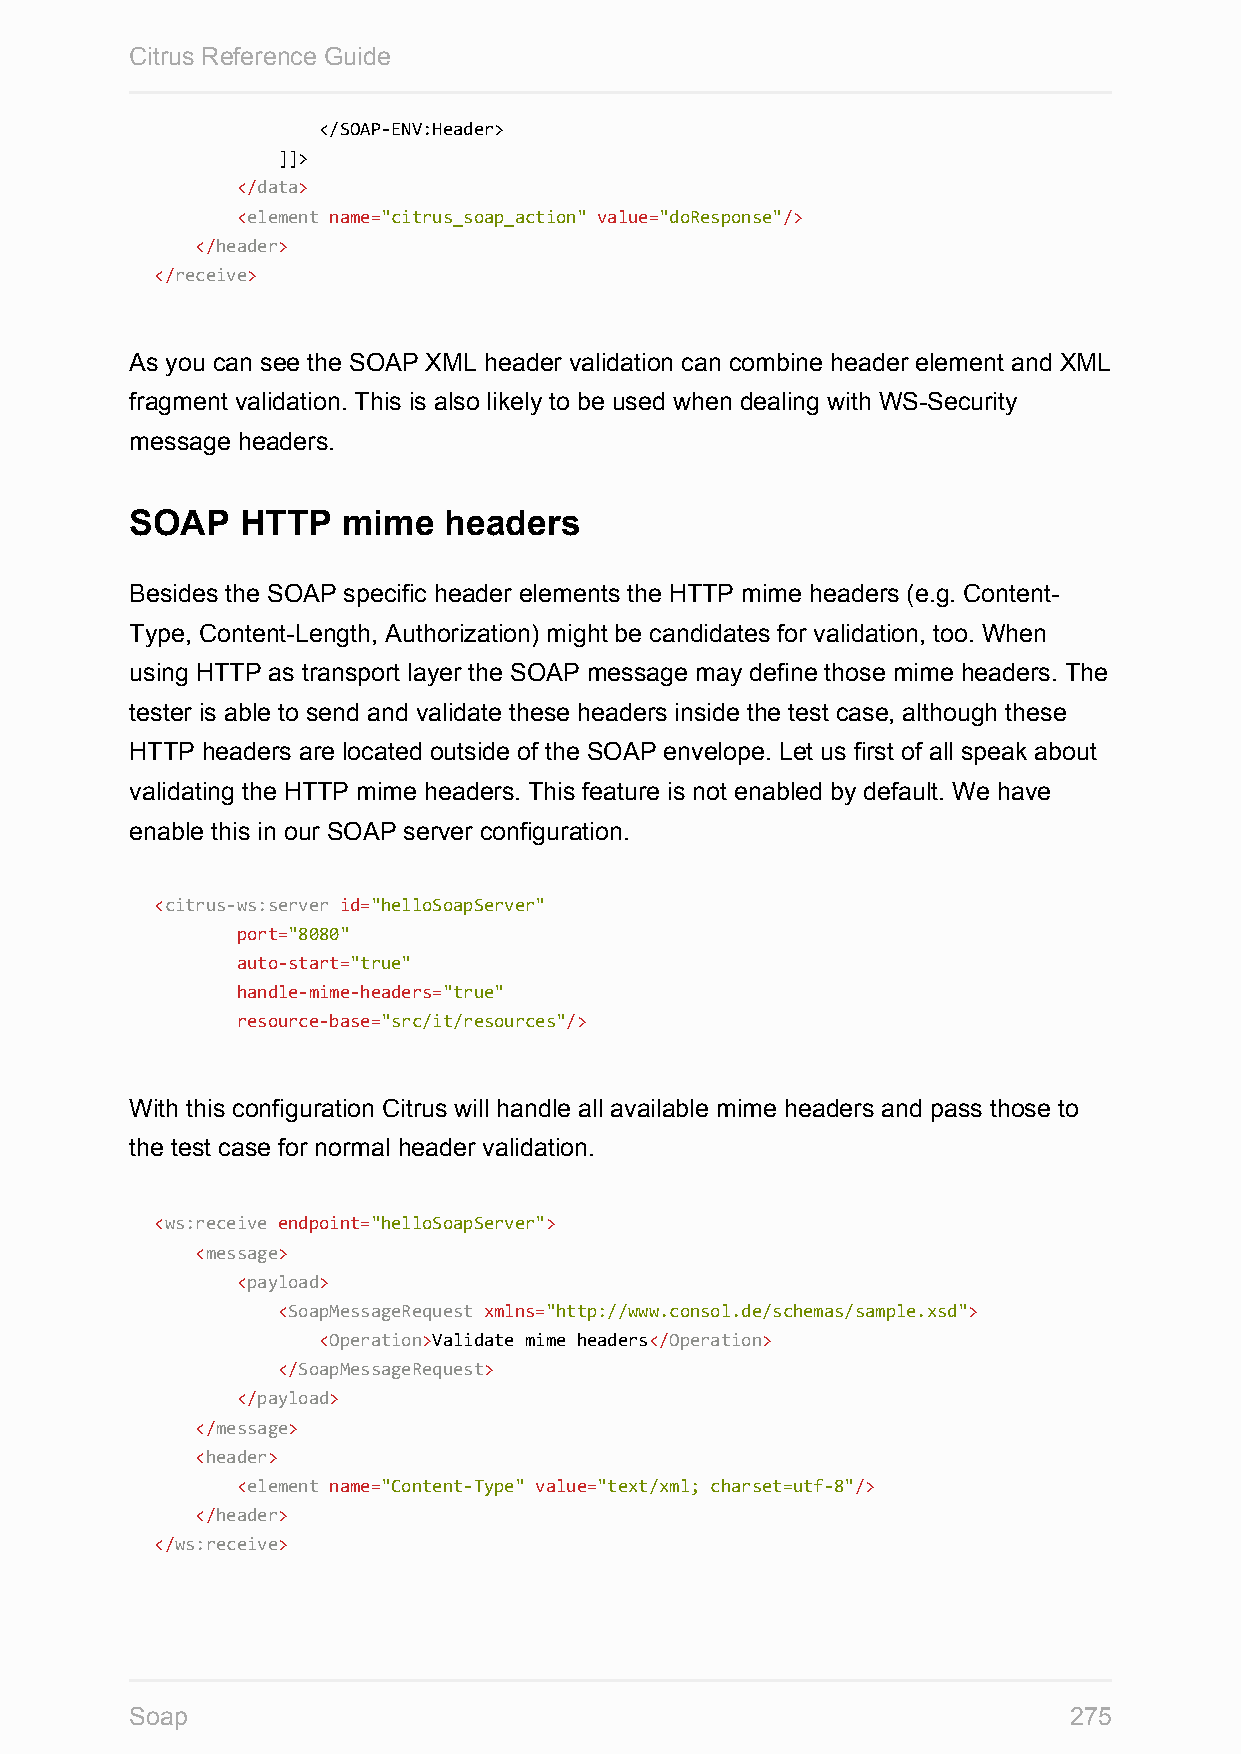
Citrus Reference Guide
 </SOAP-ENV:Header>
 ]]>
 </data>
 <element name="citrus_soap_action" value="doResponse"/>
 </header>
 </receive>
 As you can see the SOAP XML header validation can combine header element and XML
 fragment validation. This is also likely to be used when dealing with WS-Security
 message headers.
 SOAP   HTTP   mime  headers
 Besides the SOAP specific header elements the HTTP mime headers (e.g. Content-
 Type, Content-Length, Authorization) might be candidates for validation, too. When
 using HTTP as transport layer the SOAP message may define those mime headers. The
 tester is able to send and validate these headers inside the test case, although these
 HTTP headers are located outside of the SOAP envelope. Let us first of all speak about
 validating the HTTP mime headers. This feature is not enabled by default. We have
 enable this in our SOAP server configuration.
 <citrus-ws:server id="helloSoapServer"
 port="8080"
 auto-start="true"
 handle-mime-headers="true"
 resource-base="src/it/resources"/>
 With this configuration Citrus will handle all available mime headers and pass those to
 the test case for normal header validation.
 <ws:receive endpoint="helloSoapServer">
 <message>
 <payload>
 <SoapMessageRequest xmlns="http://www.consol.de/schemas/sample.xsd">
 <Operation>Validate mime headers</Operation>
 </SoapMessageRequest>
 </payload>
 </message>
 <header>
 <element name="Content-Type" value="text/xml; charset=utf-8"/>
 </header>
 </ws:receive>
 Soap                                                          275